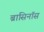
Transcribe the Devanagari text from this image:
ब्रासिनॉस